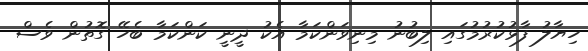
ހިޔާލު ފާޅުކުރުމުގައި ލިބުނު މިނިވަންކަމާ އެކު ދީނީ ކަންކަމާ ބެހޭ ގޮތުން ވެސް